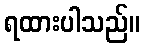
ရထားပါသည်။